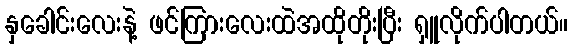
နှခေါင်းလေးနဲ့ ဖင်ကြားလေးထဲအထိုတိုးပြီး ရှူလိုက်ပါတယ်။